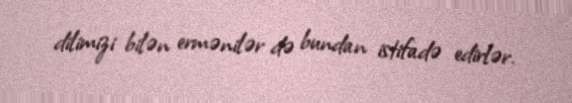
dilimizi bilən ermənilər də bundan istifadə edirlər.